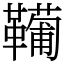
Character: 𩍘